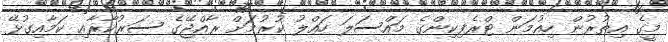
މީގެ އިތުރުން ހިއުމަން ޓްރެފިކިންގެ މައްސަލަ ހައްލު ކުރުމަށް ރާއްޖޭގެ ސަރުކާރާއި ކަމާއިގުޅޭ